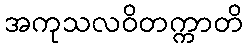
အကုသလဝိတက္ကာတိ